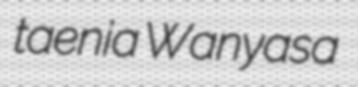
taenia Wanyasa